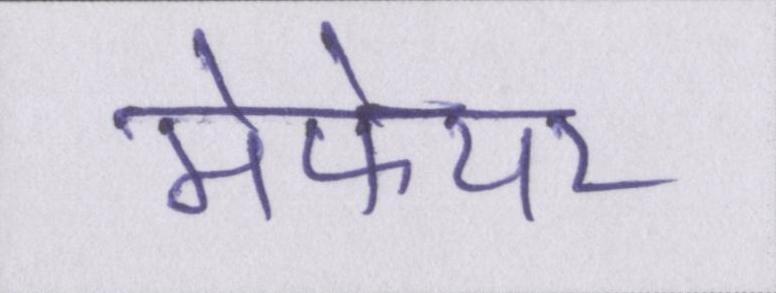
मेफेयर